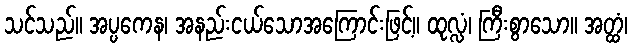
သင်သည်။ အပ္ပကေန၊ အနည်းငယ်သောအကြောင်းဖြင့်။ ထုလ္လံ၊ ကြီးစွာသော။ အတ္ထံ၊